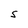
Character: S